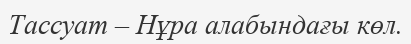
Тассуат – Нұра алабындағы көл.